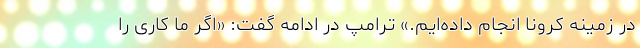
در زمینه کرونا انجام داده‌ایم.» ترامپ در ادامه گفت: «اگر ما کاری را